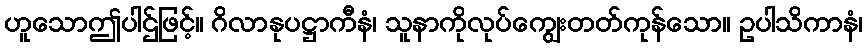
ဟူသောဤပါဌ်ဖြင့်။ ဂိလာနုပဋ္ဌာကီနံ၊ သူနာကိုလုပ်ကျွေးတတ်ကုန်သော။ ဥပါသိကာနံ၊